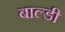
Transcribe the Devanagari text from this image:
बाल्डी